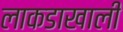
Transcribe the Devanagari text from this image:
लाकडाखाली